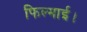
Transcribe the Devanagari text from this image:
फिल्माई।